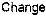
CHANGE